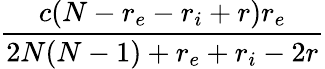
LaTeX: \frac{c(N-r_{e}-r_{i}+r)r_{e}}{2N(N-1)+r_{e}+r_{i}-2r}